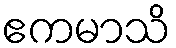
ဧကမာသိ